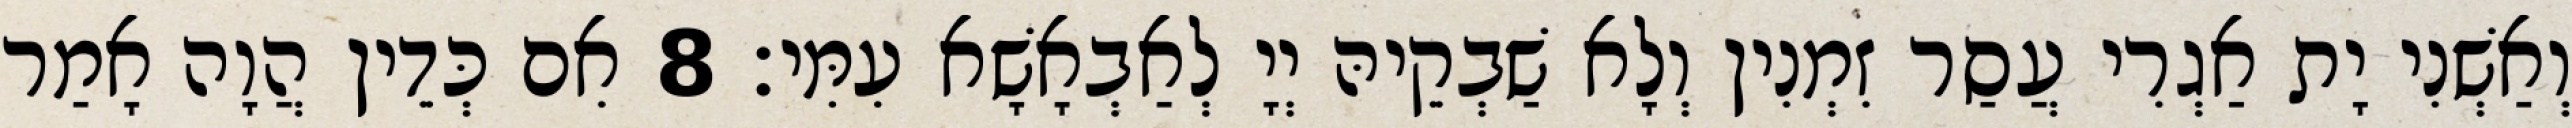
וְאַשְׁנִי יָת אַגְרִי עֲסַר זִמְנִין וְלָא שַׁבְקֵיהּ יְיָ לְאַבְאָשָׁא עִמִּי׃ 8 אִם כְּדֵין הֲוָה אָמַר